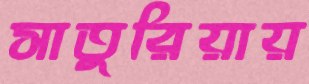
সাতুরিয়ায়